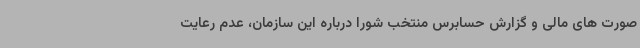
صورت های مالی و گزارش حسابرس منتخب شورا درباره این سازمان، عدم رعایت